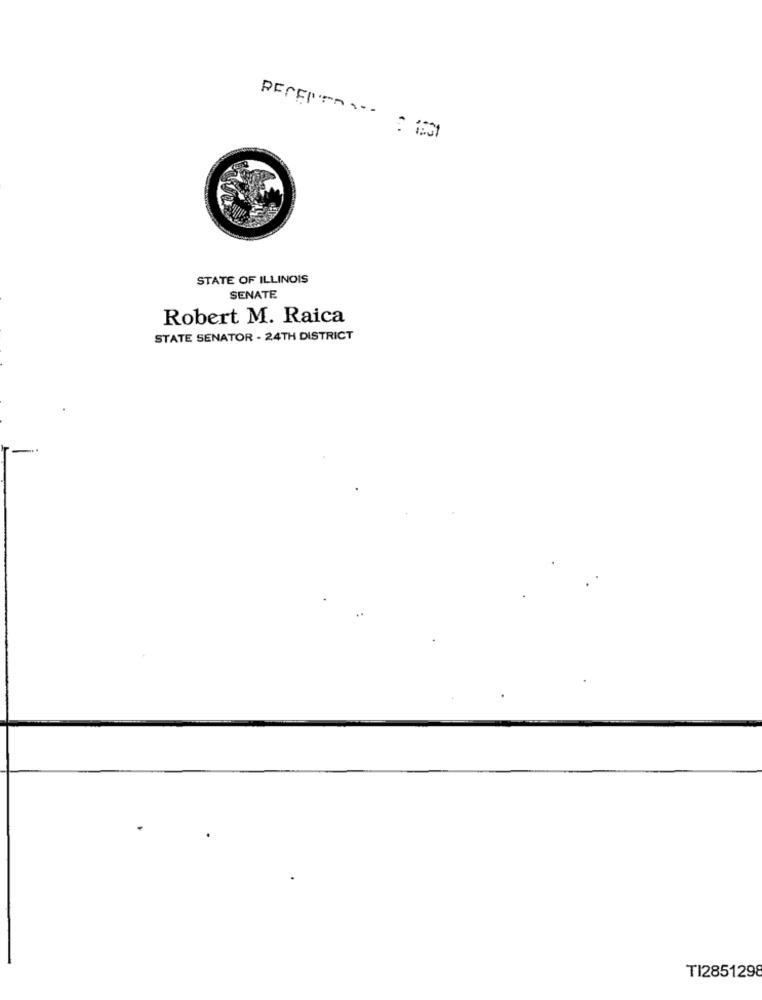
RECEPT .-. : 1531
STATE OF ILLINOIS
SENATE
Robert M. Raica
STATE SENATOR - 24TH DISTRICT
TI2851298